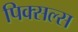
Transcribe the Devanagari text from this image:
पिक्सल्स